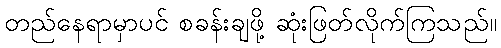
တည်နေရာမှာပင် စခန်းချဖို့ ဆုံးဖြတ်လိုက်ကြသည်။